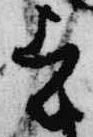
者